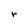
Character: r